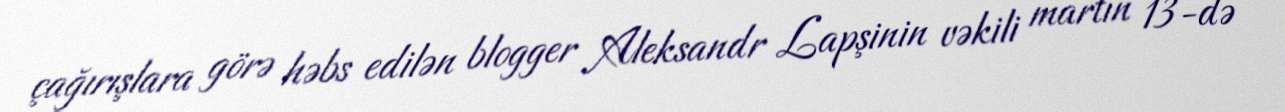
çağırışlara görə həbs edilən blogger Aleksandr Lapşinin vəkili martın 13-də